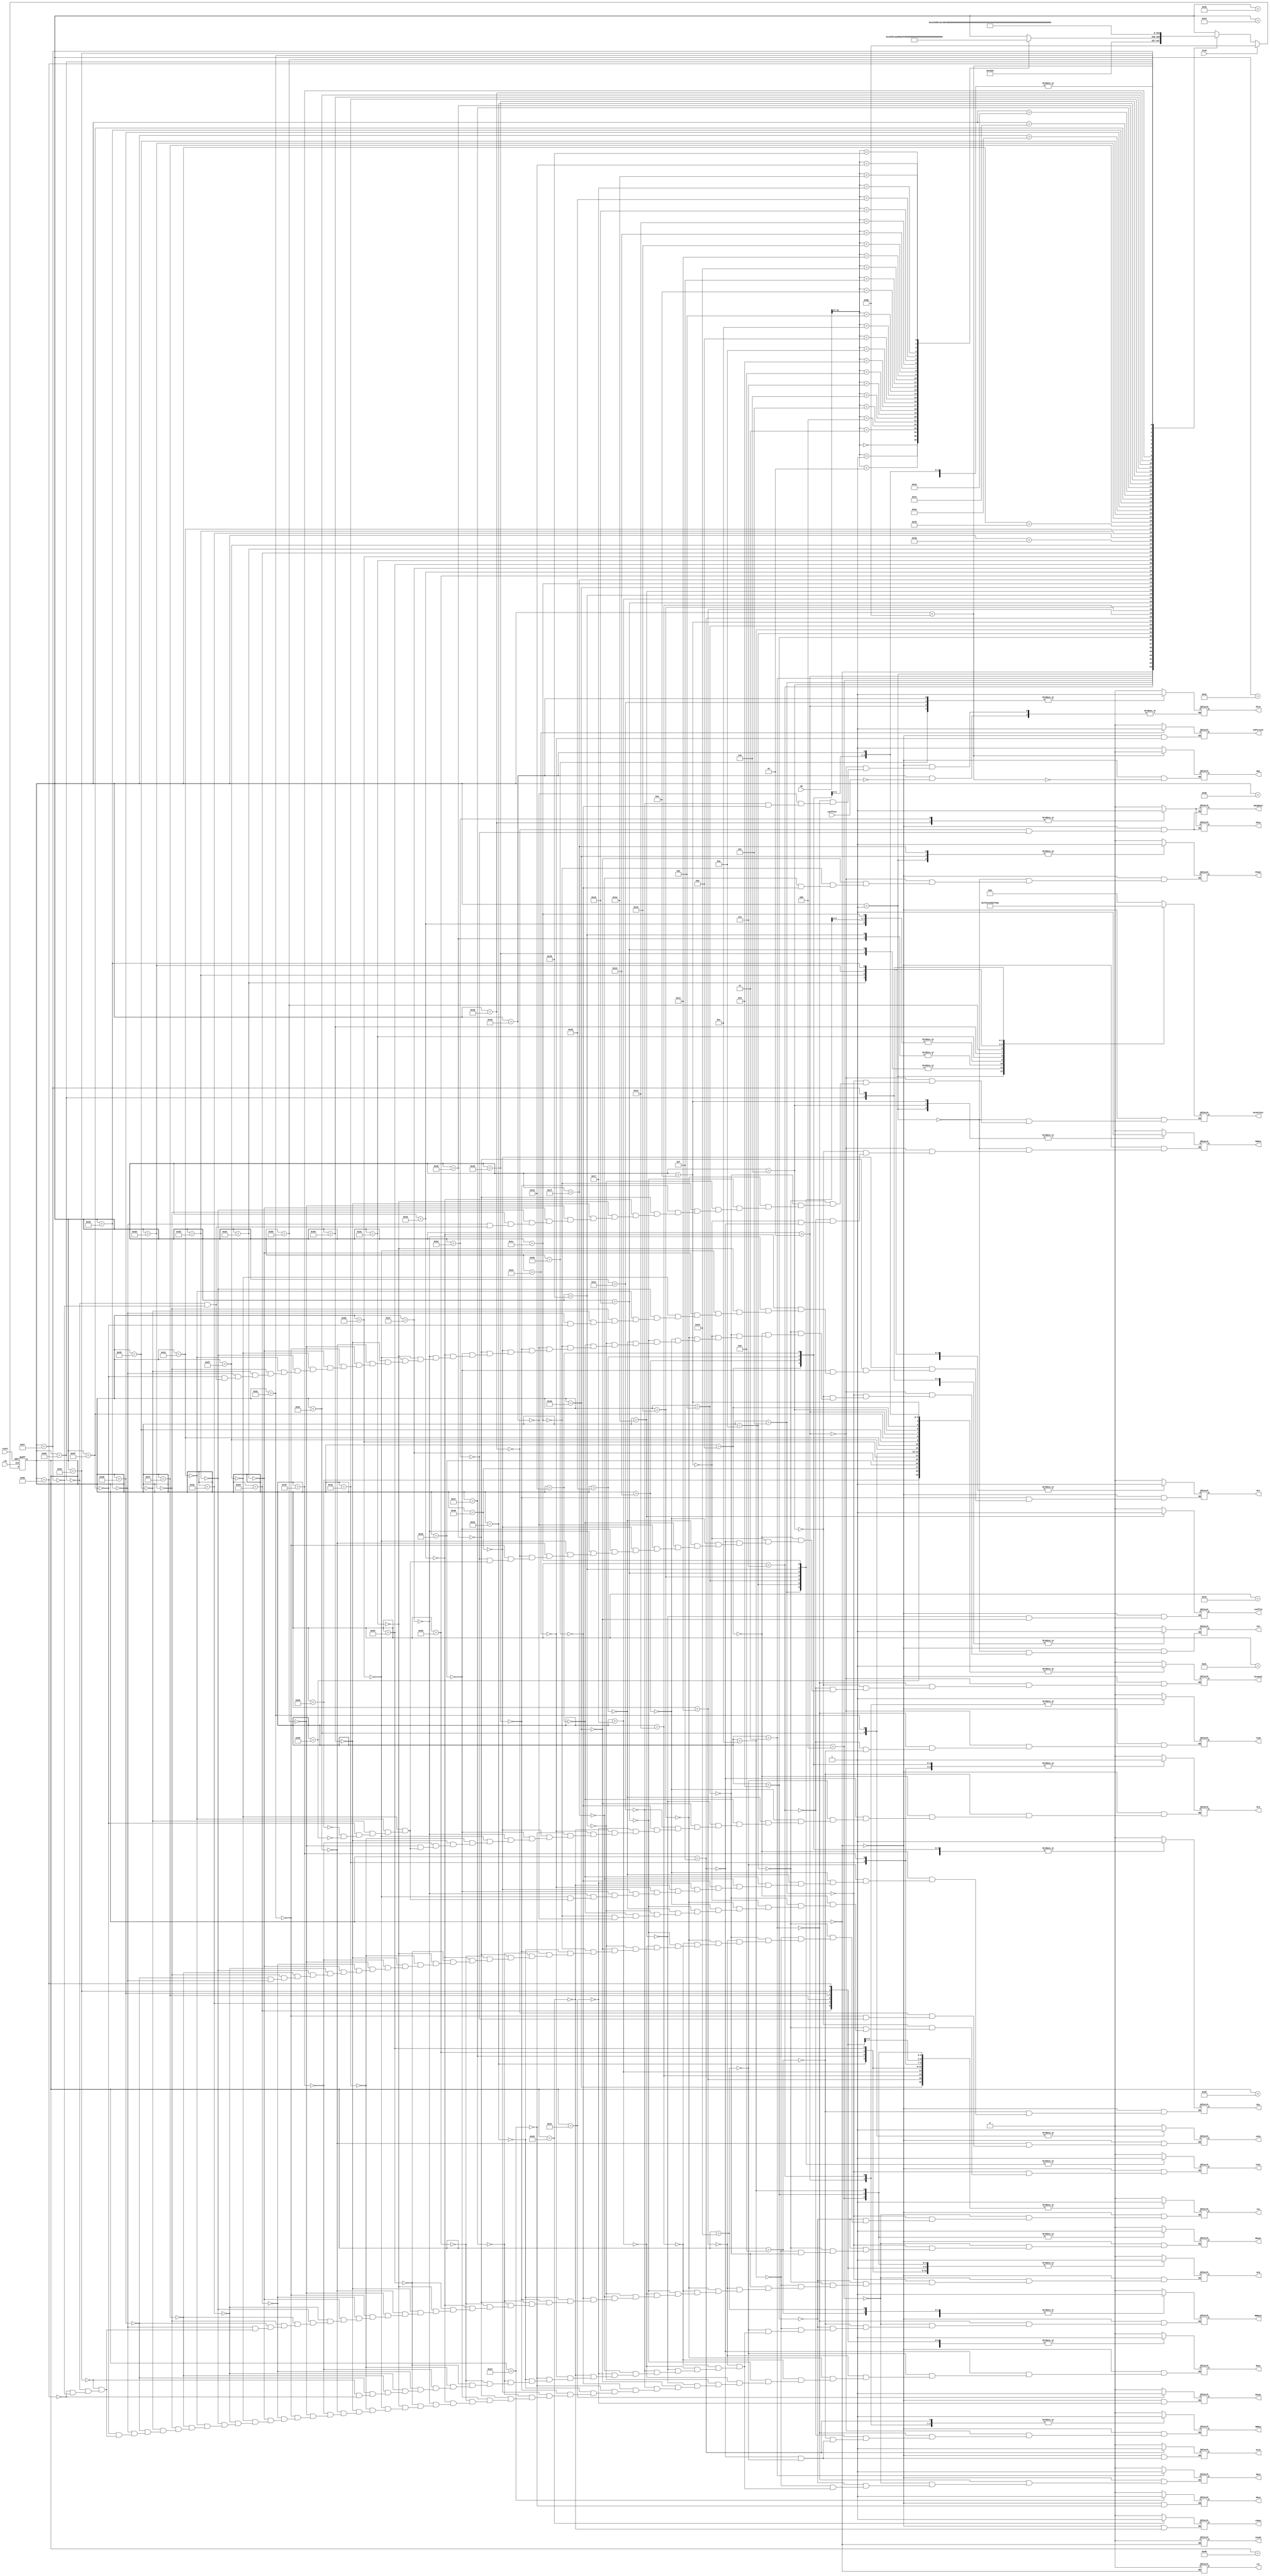
//Not this one

`timescale 1ns/10ps
module ctrl_unit(
	output reg Gra, Grb, Grc, Rin, Rout, MDRin, MDRout, BAout, Cout, ZLowout, PCin, IRin,
	output reg HIout, LOout, InPortout, OPin, LOin, ZHighout, HIin, Yin, Zin, PCout,
	output reg IncPC, MARin, read, wren, clr, conffin, Run,
	output  reg [3:0] ALUselect,
	input [31:0] IR,
	input clk, reset, stop, conffout
); 

parameter	
	reset_state = 7'b0000000, 
	fetch0 = 7'b0000001, 
	fetch1 = 7'b0000010, 
	fetch2 = 7'b0000011,
	ld = 7'b0000100,
	ld2 = 7'b0000101,
	ld3 = 7'b0000110,
	ld4 = 7'b0000111,
	ld5 = 7'b0001000,
	ldi = 7'b0001001,
	ldi2 = 7'b0001010,
	ldi3 = 7'b0001011,
	st = 7'b0001100,
	st2 = 7'b0001101,
	st3 = 7'b0001110,
	st4 = 7'b0001111,
	st5 = 7'b0010000,
	addi = 7'b0010001,
	addi2 = 7'b0010010,
	addi3 = 7'b0010011,
	ori = 7'b0010100,
	ori2 = 7'b0010101,
	ori3 = 7'b0010110,
	andi = 7'b0010111,
	andi2 = 7'b0011000,
	andi3 = 7'b0011001,
	br = 7'b0011010,
	br2 = 7'b0011011,
	br3 = 7'b0011100,
	br4 = 7'b0011101,
	jr = 7'b0011110,
	jal = 7'b0011111,
	jal2 = 7'b0100000,
	mfhi = 7'b0100001,
	mflo = 7'b0100010,
	in = 7'b0100011,
	out = 7'b0100100,
	add = 7'b0100101,
	add2 = 7'b0100110,
	add3 = 7'b0100111,
	add4 = 7'b0101000,
	sub = 7'b0101001,
	sub2 = 7'b0101010,
	sub3 = 7'b0101011,
	sub4 = 7'b0101100,
	shr = 7'b0101101,
	shr2 = 7'b0101110,
	shr3 = 7'b0101111,
	shr4 = 7'b0110000,
	shr5 = 7'b0110001,
	shl = 7'b0110010,
	shl2 = 7'b0110011,
	shl3 = 7'b0110100,
	shl4 = 7'b0110101,
	shl5 = 7'b0110110,
	ror = 7'b0110111,
	ror2 = 7'b0111000,
	ror3 = 7'b0111001,
	ror4 = 7'b0111010,
	ror5 = 7'b0111011,
	ror6 = 7'b0111100,
	rol = 7'b0111101,
	rol2 = 7'b0111110,
	rol3 = 7'b0111111,
	rol4 = 7'b1000001,
	rol5 = 7'b1000010,
	rol6 = 7'b1000011,
	or1 = 7'b1000100,
	or2 = 7'b1000101,
	or3 = 7'b1000110,
	and1 = 7'b1000111,
	and2 = 7'b1001000,
	and3 = 7'b1001001,
	mul = 7'b1001010,
	mul2 = 7'b1001011,
	mul3 = 7'b1001100,
	mul4 = 7'b1001101,
	mul5 = 7'b1001110,
	div = 7'b1001111,
	div2 = 7'b1010000,
	div3 = 7'b1010001,
	div4 = 7'b1010010,
	neg = 7'b1010011,
	neg2 = 7'b1010100,
	neg3 = 7'b1010101,
	not1 = 7'b1010110,
	not2 = 7'b1010111,
	not3 = 7'b1011000,
	nop = 7'b1011001,
	nop2 = 7'b1011010,
	halt = 7'b1011011,
	halt2= 7'b1011100;
			
	reg[6:0] Present_state =reset_state;
	
always @(posedge clk, posedge reset)
	begin
		if(reset) #40 Present_state = reset_state;
		else if(stop) #40 Present_state = halt;
		else case(Present_state)
			reset_state		:		#40 Present_state=fetch0;
			fetch0			:		#40 Present_state=fetch1;
			fetch1			:		#40 Present_state=fetch2;
			fetch2			:		#40 
			
			begin	
				case(IR[31:27])	
					5'b00000	:	Present_state=ld;
					5'b00001 :	Present_state=ldi; 
					5'b00010	:	Present_state=st;
					5'b00011	:	Present_state=add;
					5'b00100	:	Present_state=sub;
					5'b00101	:	Present_state=shr;
					5'b00110	:	Present_state=shl;
					5'b00111	:	Present_state=ror;
					5'b01000	:	Present_state=rol;
					5'b01001	:	Present_state=and1;
					5'b01010	:	Present_state=or1;
					5'b01011	:	Present_state=addi;
					5'b01100	:	Present_state=andi;
					5'b01101	:	Present_state=ori;
					5'b01110	:	Present_state=mul;
					5'b01111	:	Present_state=div;
					5'b10000	:	Present_state=neg;
					5'b10001	:	Present_state=not1;
					5'b10010	:	Present_state=br;
					5'b10011	:	Present_state=jr;
					5'b10100	:	Present_state=jal;
					5'b10101	:	Present_state=in;
					5'b10110	:	Present_state=out;
					5'b10111	:	Present_state=mfhi;
					5'b11000	:	Present_state=mflo;
					5'b11001	:	Present_state=nop;
					5'b11010	:	Present_state=halt;	
				endcase
			end
			
			//ld						
			ld			:		#40 Present_state=ld2;
			ld2		:		#40 Present_state=ld3;
			ld3		:		#40 Present_state=ld4;
			ld4		:		#40 Present_state=ld5;
			ld5		:		#40 Present_state=reset_state; 
			
			//ldi
			ldi		:		#40 Present_state=ldi2;
			ldi2		:		#40 Present_state=ldi3;
			ldi3		:		#40 Present_state=reset_state; 
			
			//st
			st			:		#40 Present_state=st2;
			st2		:		#40 Present_state=st3;
			st3		:		#40 Present_state=st4;
			st4		:		#40 Present_state=st5;
			st5		:		#40 Present_state=reset_state; 
			
			//addi			
			addi		:		#40 Present_state=addi2;
			addi2		:		#40 Present_state=addi3;
			addi3		:		#40 Present_state=reset_state; 
			
			//ori
			ori		:		#40 Present_state=ori2;
			ori2		:		#40 Present_state=ori3;
			ori3		:		#40 Present_state=reset_state; 
				
			//andi
			andi		:		#40 Present_state=andi2;
			andi2		:		#40 Present_state=andi3; 
			andi3		:		#40 Present_state=reset_state; 
			
			//br
			br			:		#40 Present_state=br2;
			br2		:		#40 Present_state=br3;
			br3		: 		#40 Present_state=br4;
			br4	   :		#40 Present_state=reset_state; 
			
			//jal
			jal		: 		#40 Present_state=jal2;
			jal2 	   :		#40 Present_state=reset_state; 
			
			//add
			add		:		#40 Present_state=add2;
			add2		:		#40 Present_state=add3;
			add3		:		#40 Present_state=add4;
			add4		:		#40 Present_state=reset_state; 
			
			//sub
			sub		:		#40 Present_state=sub2;
			sub2		:		#40 Present_state=sub3;
			sub3		:		#40 Present_state=sub4;
			sub4		:		#40 Present_state=reset_state; 
			
			//shr
			shr		:		#40 Present_state=shr2;
			shr2		:		#40 Present_state=shr3;
			shr3		:		#40 Present_state=shr4;
			shr4		:		#40 Present_state=shr5;
			shr5		:		#40 Present_state=reset_state; 
			
			//shl
			shl		:		#40 Present_state=shl2;
			shl2		:		#40 Present_state=shl3;
			shl3		:		#40 Present_state=shl4;
			shl4		:		#40 Present_state=shl5;
			shl5		:		#40 Present_state=reset_state; 
			
			//ror
			ror 		:		#40 Present_state=ror2;
			ror2 		:		#40 Present_state=ror3;
			ror3 		:		#40 Present_state=ror4;
			ror4 		:		#40 Present_state=ror5;
			ror5 		:		#40 Present_state=reset_state;
			
			//rol
			rol 		:		#40 Present_state=rol2;
			rol2 		:		#40 Present_state=rol3;
			rol3 		:		#40 Present_state=rol4;
			rol4 		:		#40 Present_state=rol5;
			rol5 		:		#40 Present_state=rol6;
			rol6		:		#40 Present_state=reset_state; 
			
			//and
			and1 		:		#40 Present_state=and2;
			and2 		:		#40 Present_state=and3;
			and3		:		#40 Present_state=reset_state; 
			
			//or
			or1		:		#40 Present_state=or2;
			or2		:		#40 Present_state=or3;
			or3		:		#40 Present_state=reset_state;
			
			//mul
			mul		:		#40 Present_state=mul2;
			mul2		:		#40 Present_state=mul3;
			mul3		:		#40 Present_state=mul4;
			mul4		:		#40 Present_state=mul5;
			mul5		:		#40 Present_state=reset_state; 
			
			//div
			div		:		#40 Present_state=div2;
			div2		:		#40 Present_state=div3;
			div3		:		#40 Present_state=div4;
			div4		:		#40 Present_state=reset_state; 
			
			//neg
			neg 		:		#40 Present_state=neg2;
			neg2		:		#40 Present_state=neg3;
			neg3		:		#40 Present_state=reset_state; 
			
			//not
			not1		:		#40 Present_state=not2;
			not2		:		#40 Present_state=not3;
			not3		:		#40 Present_state=reset_state; 
			
			//nop
			nop		:		#40 Present_state=reset_state;
			
			//halt
			halt		:		#40 Present_state=halt;
			
			//mfhi
			mfhi		:		#40 Present_state=reset_state;
			
			//mflo
			mflo		:		#40 Present_state=reset_state;
			
			//jr
			jr			:		#40 Present_state=reset_state; 
			endcase
		end
		

always@(Present_state)
begin
	case(Present_state)
		reset_state:begin
			Gra <= 0; Grb <= 0; Grc <= 0; Rin <= 0;Rout <= 0;MDRin <= 0;MDRout <= 0;BAout <= 0;Cout <= 0;ZLowout <= 0;
			PCin <= 0;IRin <= 0;HIout <= 0;LOout <= 0;InPortout <= 0;OPin <= 0;LOin <= 0;ZHighout <= 0;HIin <= 0;
			Yin <= 0; Zin <= 0; PCout <= 0; IncPC <= 0;MARin <= 0;
			read <= 0; wren <= 0;clr <= 0;ALUselect <= 4'b0000;
			conffin <= 0; Run <=1;
		end
		fetch0: begin
			PCout <= 1;MARin <= 1;ALUselect <= 4'b0100; Zin <= 1;
		end 
		fetch1: begin
			MARin <= 0;PCout <= 0;ALUselect <= 4'b0000;Zin <= 0;
			ZLowout <= 1;PCin <= 1;read <= 1;MDRin <=1;
		end
		fetch2: begin
			ZLowout <= 0;MDRin <= 0;PCin <= 0;read <= 0;
			MDRout <= 1;IRin <= 1;
		end
//ld
//---------------------------------
		ld:
			begin
			IRin <= 0;
			MDRout <= 0;
			
			Yin <= 1;
			Grb <= 1;
			BAout <= 1;
		end
		
		ld2:
			begin
			Grb <= 0;
			Yin <= 0;
			BAout <= 0;
			

			Cout <= 1;
			Zin <= 1;
			
			#20
			ALUselect <= 4'b0001;
		end
		
		ld3:
			begin
			Cout <= 0;
			Zin <= 0;

			
			ZLowout <= 1;
			MARin <= 1;
		end
		
		ld4: begin
			ZLowout <= 0;
			MARin <= 0;
			
			MDRin <= 1;
			read <= 1;
		end
		
		ld5: begin
			MDRin <= 0;
			read <= 0;
			
			MDRout <= 1;
			Gra <= 1;
			Rin <= 1;
		end

//ldi
//---------------------------------
		ldi: begin
			MDRout <= 0; IRin <= 0;
			Grb <=1; BAout<=1; Yin <=1; 
		end
		ldi2: begin
			Grb <=0; BAout<=0; Yin <=0; 
			Cout <=1;  Zin<=1;
			#20
			ALUselect <=4'b0001;  
		end

		ldi3: begin
			Cout <=0;  Zin<=0;
			Gra<=1;ZLowout <=1;  Rin<=1; 
		end
		
//st
//---------------------------------
		st: begin
			MDRout <= 0; IRin <= 0;	
			Grb <=1; BAout<=1; Yin <=1; 
		end
		st2: begin
			Grb <=0; BAout<=0; Yin <=0; 
			Cout <=1; Zin<=1;
			#20
			ALUselect <=4'b0001;  
		end
		st3: begin
			Cout <=0; Zin<=0;
			ZLowout <=1; MARin<=1; 
		end
		st4: begin
			ZLowout <=0; MARin<=0;	
			Rout <= 1; Gra <=1;
			wren<=1; MDRin<=1;
		end
		st5: begin
			wren<=0; MDRin<=0;
			Rout <= 0; Gra <=0;	
			MDRout<=1; Gra<=1;Rin<=1;
		end
//addi
//---------------------------------
		addi: begin
			MDRout <= 0; IRin <= 0;
			Grb <=1; Rout<=1; Yin <=1; 
		end
		addi2: begin
			Grb <=0; Rout<=0; Yin <=0; 
			Cout <=1; Zin<=1; 
			#20
			ALUselect <= 4'b0001;  
		end
		addi3: begin
			Cout <=0; Zin<=0;
			ZLowout <=1; Gra<=1; Rin<=1; 
		end
	
//ori
//---------------------------------
		ori: begin
			MDRout <= 0; IRin <= 0;
			Grb <=1; Rout<=1; Yin <=1; 
		end
		ori2: begin
			Grb <=0; Rout<=0; Yin <=0; 
			Cout <=1; Zin<=1; 
			#20
			ALUselect <= 4'b0111;  
		end
		ori3: begin
			Cout <=0; Zin<=0;
			ZLowout <=1; Gra<=1; Rin<=1; 
		end

//andi
//---------------------------------
		andi: begin
			MDRout <= 0; IRin <= 0;
			Grb <=1; Rout<=1; Yin <=1; 
		end
		andi2: begin
			Grb <=0; Rout<=0; Yin <=0; 
			Cout <=1; Zin<=1; 
			#20
			ALUselect <= 4'b0110;  
		end
		andi3: begin
			Cout <=0; Zin<=0;
			ZLowout <=1; Gra<=1; Rin<=1; 
		end
		
//br
//---------------------------------
		br: begin
			MDRout <= 0; IRin <= 0;
			Gra <=1; Rout<=1; conffin <=1; 
		end
		br2: begin
			Gra <=0; Rout<=0; conffin <=0; 
			PCout<=1; Yin<=1; 
		end
		br3: begin
			PCout<=0; Yin<=0;
			Cout<=1;  Zin <=1; 
			#20
			ALUselect <=4'b0001;  
		end
		br4: begin
			Cout<=0;  Zin <=0; 
			ZLowout<=1;  
			if(conffout==1)
				PCin <= 1;
		end
		
//jr
//---------------------------------
		jr: begin
			MDRout <= 0; IRin <= 0;
			Gra <=1; Rout<=1; PCin <=1; 
		end
		
//jal
//---------------------------------
		jal: begin
			MDRout <= 0; IRin <= 0;
			Grb <=1; Rin<=1; PCout <=1;	
		end
		
		jal2: begin
			Grb <=0; Rin<=0; PCout <=0;
			
			Gra <=1; Rout<=1; PCin<=1;
		end	
	
//mfhi	
//---------------------------------
		mfhi: begin
			MDRout <= 0; IRin <= 0;
			Gra <=1; Rin<=1; HIout <=1;	
		end
		
//mflo
//---------------------------------
		mflo: begin
			MDRout <= 0; IRin <= 0;
			Gra <=1; Rin<=1; LOout <=1;	
		end
		
//in
//---------------------------------
		in: begin
			MDRout <= 0; IRin <= 0;
			Gra <=1; Rin<=1; InPortout <=1; 
		end
		
//out
//---------------------------------
		out: begin
			MDRout <= 0; IRin <= 0;
			Gra <=1; Rout<=1; OPin <=1; 

		end
		

//OR
//---------------------------------
		or1: begin
			MDRout <= 0; IRin <= 0;
			Grb <=1; Rout <=1; Yin <=1;
		end
		or2: begin
			Grb <=0; Yin <=0;
			Grc <= 1; Rout <= 1; Zin<=1;
			#20
			ALUselect <= 4'b0111;  
		end
		or3: begin
			Grc <= 0; Rout <= 0; Zin<=0; 
			Gra<=1; ZLowout<=1; Rin <=1;
		end
		
//AND	
//---------------------------------		
		and1: begin
			MDRout <= 0; IRin <= 0;
			Grb <=1; Rout <=1; Yin <=1;
		end
		and2: begin
			Grb <=0; Yin <=0;
			Grc <= 1; Rout <= 1; Zin<=1;
			#20
			ALUselect <= 4'b0110;  
		end
		and3: begin
			Grc <= 0; Rout <= 0; Zin<=0; 
			Gra<=1; ZLowout<=1; Rin <=1;
		end

//ADD
//---------------------------------
		add: begin
			MDRout <= 0; IRin <= 0;
			Grb <=1; Rout <=1; Yin <=1;
		end
		add2: begin
			Grb <=0; Yin <=0;
			Grc <= 1; Rout <= 1; Zin<=1;
			#20
			ALUselect <= 4'b0001;  
		end
		add3: begin
			Grc <= 0; Rout <= 0; Zin<=0; 
			Gra<=1; ZLowout<=1; Rin <=1;
		end
		
//SUB
//---------------------------------
		sub: begin
			MDRout <= 0; IRin <= 0;
			Grb <=1; Rout <=1; Yin <=1;
		end
		sub2: begin
			Grb <=0; Yin <=0;
			Grc <= 1; Rout <= 1; Zin<=1;
			#20
			ALUselect <= 4'b0010; 
		end
		sub3: begin
			Grc <= 0; Rout <= 0; Zin<=0; 
			Gra<=1; ZLowout<=1; Rin <=1;
		end

//MUL
//---------------------------------		
		mul: begin
		MDRout <= 0; IRin <= 0;
			Gra <=1; Rout <=1; Yin <=1;
		end
		mul2: begin
			Gra <=0; Yin <=0;
			Grb <= 1; Rout <= 1; Zin<=1;
			#20
		ALUselect <= 4'b0011;
		end
		mul3: begin
			Grb <= 0; Rout <= 0; Zin<=0; 
			ZLowout<=1; LOin <=1;
		end
		mul4: begin
			LOin <=0; ZLowout<=0; ZHighout <=1; HIin <= 1; 
		end
		
//DIV
//---------------------------------
	div: begin
	MDRout <= 0; IRin <= 0;
		Gra <=1; Rout <=1; Yin <=1;
	end
	div2: begin
		Gra <=0; Yin <=0;
		Grb <= 1; Rout <= 1; Zin<=1;
		#20
		ALUselect <= 4'b0101; 
	end
	div3: begin
		Grb <= 0; Rout <= 0; Zin<=0; 
		ZLowout<=1; LOin <=1;
	end
	div4: begin
		LOin <=0; ZLowout<=0; ZHighout <=1; HIin <= 1; 
		end
	
//SHR
//---------------------------------
		shr: begin
			MDRout <= 0; IRin <= 0;
			Grb <=1; Rout <=1; Yin <=1;
		end
		shr2: begin
			Grb <=0; Yin <=0;
			Grc <= 1; Rout <= 1; Zin<=1;
			#20
			ALUselect <= 4'b1101; 
		end
		shr3: begin
			Grc <= 0; Rout <= 0; Zin<=0; 
			Gra<=1; ZLowout<=1; Rin <=1;
		end
	
//SHL
//---------------------------------
		shl: begin
			MDRout <= 0; IRin <= 0;
			Grb <=1; Rout <=1; Yin <=1;
		end
		shl2: begin
			Grb <=0; Yin <=0;
			Grc <= 1; Rout <= 1; Zin<=1;
			#20
			ALUselect <= 4'b1100; 
		end
		shl3: begin
			Grc <= 0; Rout <= 0; Zin<=0; 
			Gra<=1; ZLowout<=1; Rin <=1;
		end
	
//ROR
//---------------------------------
		ror: begin
			MDRout <= 0; IRin <= 0;
			Grb <=1; Rout <=1; Yin <=1;
		end
		ror2: begin
			Grb <=0; Yin <=0;
			Grc <= 1; Rout <= 1; Zin<=1;
			#20
			ALUselect <= 4'b1111; 
		end
		ror3: begin
			Grc <= 0; Rout <= 0; Zin<=0; 
			Gra<=1; ZLowout<=1; Rin <=1;
		end
	
//ROL
//---------------------------------
		rol: begin
			MDRout <= 0; IRin <= 0;
			Grb <=1; Rout <=1; Yin <=1;
		end
		rol2: begin
			Grb <=0; Yin <=0;
			Grc <= 1; Rout <= 1; Zin<=1;
			#20
			ALUselect <= 4'b1110; 
		end
		rol3: begin
			Grc <= 0; Rout <= 0; Zin<=0; 
			Gra<=1; ZLowout<=1; Rin <=1;
		end
	
//NEG
//---------------------------------
	neg: begin
		MDRout <= 0; IRin <= 0;
		Grb<=1;Rout <=1;
	end
	neg2: begin
		Grb<=0; ALUselect <= 4'b1000; 
		 Zin <=1;Rout <=0;
	end
	neg3: begin
		Gra<=1; ZLowout<=1;Rin <=1; 
	end

//NOT
//---------------------------------
	not1: begin
		MDRout <= 0; IRin <= 0;
		Grb<=1;Rout <=1;
	end
	not2: begin
		Grb<=0;
		ALUselect <= 4'b1010; Zin <=1;Rout <=0;
	end
	not3: begin
		Gra<=1; ZLowout<=1;Rin <=1; 
	end

//NOP
//---------------------------------
	nop:begin
	
	end
	
	nop2:begin
	
	end

// HALT
//---------------------------------
	halt:begin 
		Run <= 0;
	end

	
	endcase
end
endmodule